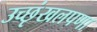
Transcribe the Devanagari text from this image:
उच्छृंखलपणा